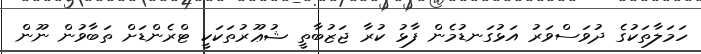
ހަމަލާތަކުގެ ދުވަސްވަރު އަޅުގަނޑުމެން ފާޅު ކުރާ ޖަޒުބާތީ ޝުޢޫރުތަކަކީ ޓްރެންޑަށް ތަބާވުން ނޫން